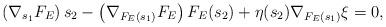
LaTeX: \begin{align*}\left(\nabla_{s_1}F_E\right)s_2-\left(\nabla_{F_E(s_1)}F_E\right)F_E(s_2)+\eta(s_2)\nabla_{F_E(s_1)}\xi=0,\end{align*}